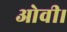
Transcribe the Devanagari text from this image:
ओवी।